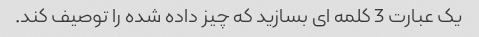
یک عبارت 3 کلمه ای بسازید که چیز داده شده را توصیف کند.